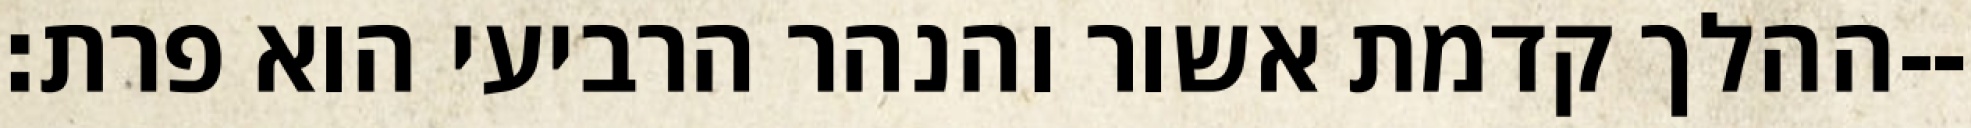
ההלך קדמת אשור והנהר הרביעי הוא פרת׃--